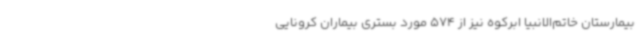
بیمارستان خاتم‌الانبیا ابرکوه نیز از 574 مورد بستری بیماران کرونایی